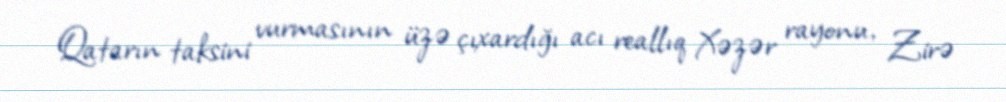
Qatarın taksini vurmasının üzə çıxardığı acı reallıq Xəzər rayonu, Zirə